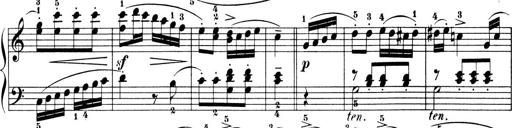
Title: 6 Piano Sonatinas
Composer: Cornelius Gurlitt